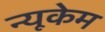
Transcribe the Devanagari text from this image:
न्यूकेम